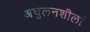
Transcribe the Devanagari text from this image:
अघुलनशीलों